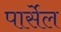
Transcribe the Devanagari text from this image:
पार्सेल